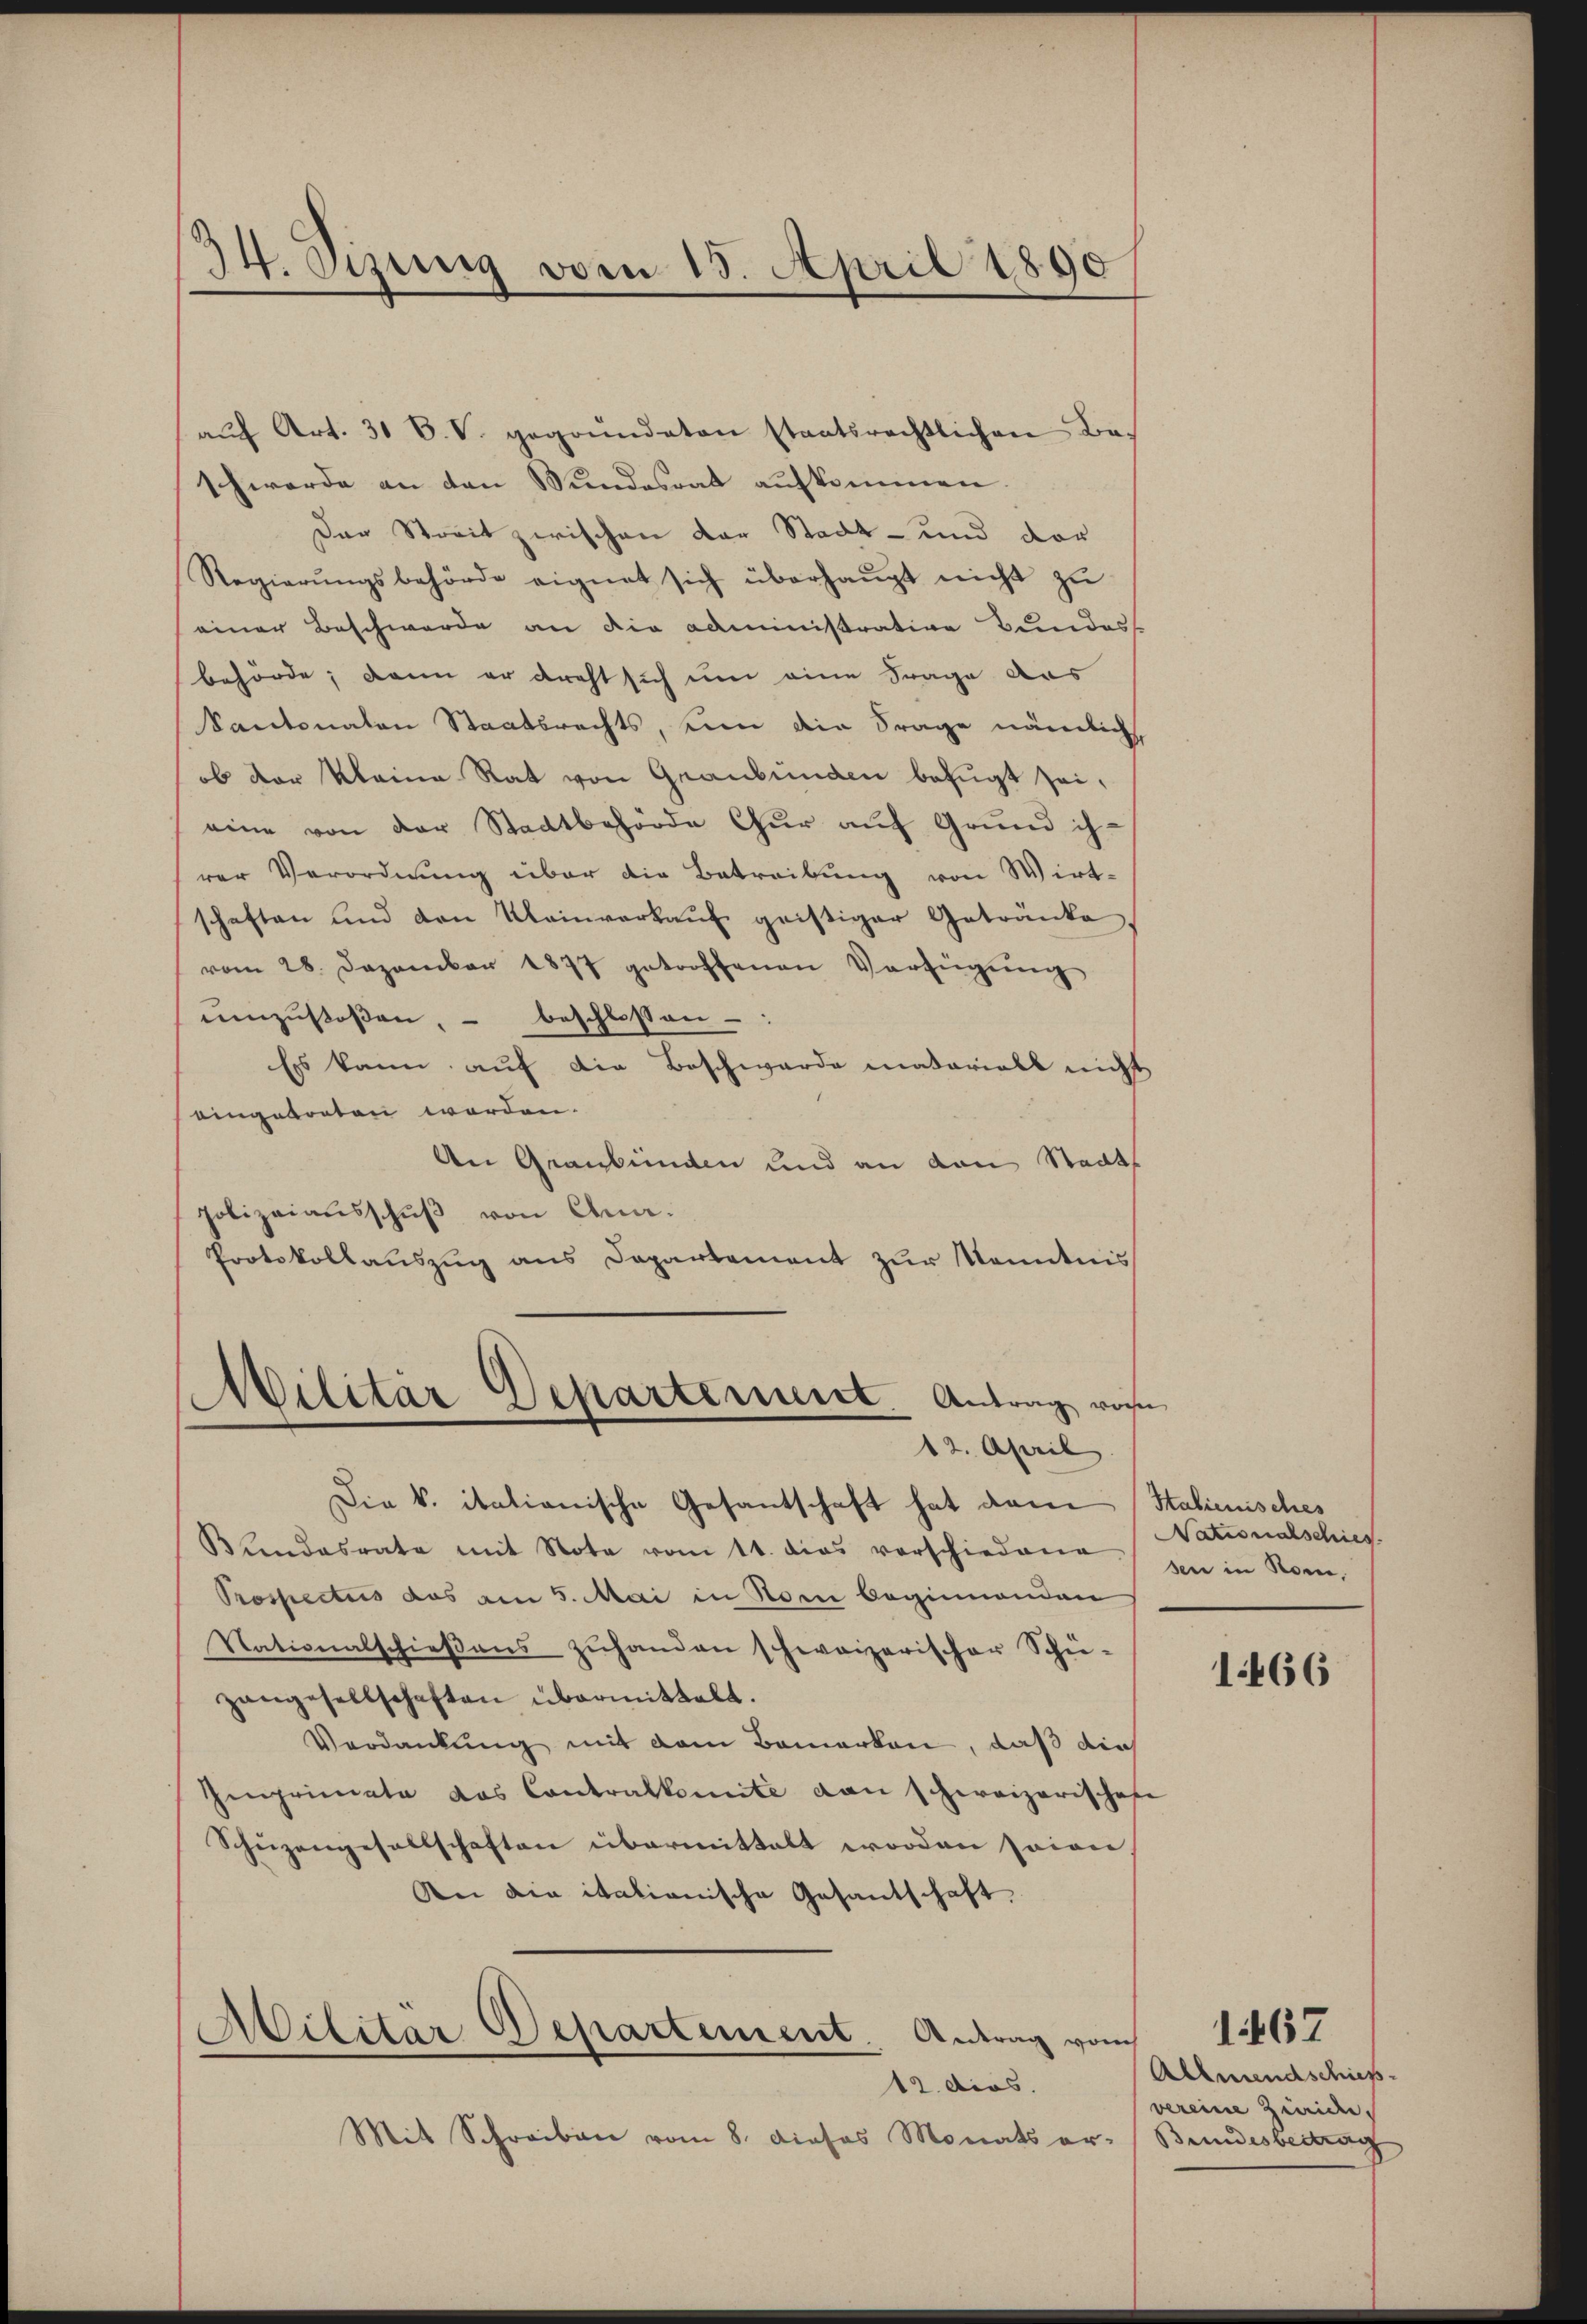
34. Sizung vom 15. April 1890

aŭf Art. 31 C.V. gegründeten staatsrechtlichen Beschwerde an den Wundesrat aufkommen.
Der Streit zwischen der Stadt- und der
Regierŭngsbehörde eignet sich überhaŭpt nicht zŭ
einer Beschwerde an die administrative Bundes
behörde; dann er dreht sich um eine Frage das
Santonalen Staatsrechts, eine die Frage nämlich
ob der kleine Rat von Graubünden befugt sei,
eine von der Stadtbehörde Chur auf Grund ihrer Verordnung über die Betreibung von Wirt-
schaften und den Kleinverkaŭf geistiger Getränke
vom 28. Dezember 1877 getroffenen Verfügŭng
umzustossen, – beschlossen-
Es kann auf die Beschwerde matorials nicht
eingebraten worden.
An Graubünden und an den Staats
polizeiausschŭβ von Ana-
Protokollauszug aus Departement zur Kenntnis

Militär Departement. Antrag vorhe
12. April.

Die k. itationische Gesantschaft hat dann (Italienisches
Bundesrate mit Note vom 11. dies verschiedene in in Rom,
Prospectus das am 5. Mai in Rom beginnenden
Nationalschieβens zŭhanden schweizerischer Schü-
zangesellschaften übermittelt.
Verdankung mit dem Bemerken, daß dies
Ieprimate das Contralkomite von schweizerische
Schüzengesellschaften übermittelt worden sowie,
An die italienische Gesantschaft.
Militar Departement. Antrag vom
12. dies
Mit Schreiben vom 8. dieses Monats er- Bundesbetrag

Nationalschies.

1466

Allmendschieß
vereine Zweide.

1467